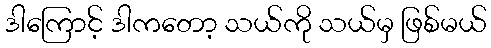
ဒါကြောင့် ဒါကတော့ သယ်ကို သယ်မှ ဖြစ်မယ်